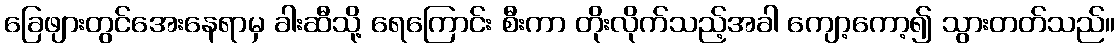
ခြေဖျားတွင်အေးနေရာမှ ခါးဆီသို့ ရေကြောင်း စီးကာ တိုးလိုက်သည့်အခါ ကျော့ကော့၍ သွားတတ်သည်။